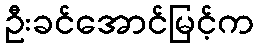
ဦးခင်အောင်မြင့်က